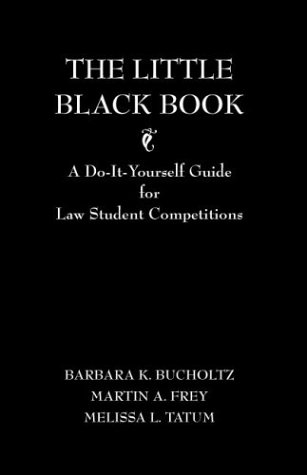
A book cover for The Little Black Book: A Do-It-Yourself Guide for Law School Competitions; Barbara K. Bucholtz; Education & Teaching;